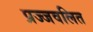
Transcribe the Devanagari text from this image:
प्रज्‍जवलित